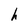
Character: h